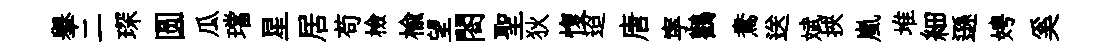
𦦙二琛圆瓜璫星居苟檢榆望閤聖狄愎迢唐寜鸛鴦送斌挾嵐堆細遜娉奚